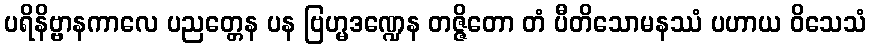
ပရိနိဗ္ဗာနကာလေ ပညတ္တေန ပန ဗြဟ္မဒဏ္ဍေန တဇ္ဇိတော တံ ပီတိသောမနဿံ ပဟာယ ဝိသေသံ